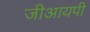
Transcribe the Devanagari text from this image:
जीआयपी